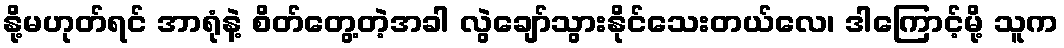
နို့မဟုတ်ရင် အာရုံနဲ့ စိတ်တွေ့တဲ့အခါ လွဲချော်သွားနိုင်သေးတယ်လေ၊ ဒါကြောင့်မို့ သူက